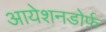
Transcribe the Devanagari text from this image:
आयेशनडोर्फ़